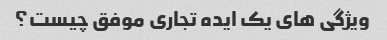
ویژگی های یک ایده تجاری موفق چیست؟